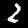
Label: 2